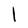
Character: l